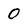
Character: 0